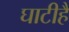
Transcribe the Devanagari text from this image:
घाटीहै